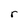
Character: r